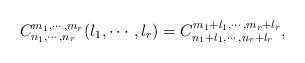
LaTeX: \begin{align*}C_{n_1,\cdots,n_r}^{m_1,\cdots,m_r}(l_1,\cdots,l_r)=C_{n_1+l_1,\cdots,n_r+l_r}^{m_1+l_1,\cdots,m_r+l_r},\end{align*}